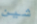
شين